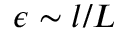
\epsilon \sim l / L